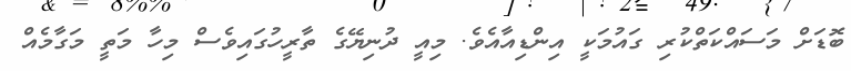
ބޮޑަށް މަސައްކަތްކުރި ގައުމަކީ އިންޑިއާއެވެ. މިއީ ދުނިޔޭގެ ތާރީހުގައިވެސް މިހާ މަތީ މަގާމެއް